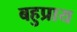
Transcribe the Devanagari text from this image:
बहुप्राय